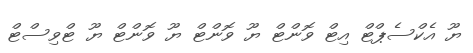
ޔޫ އެކްސެޕްޓް އިޓް ވޮންޓް ޔޫ ވޮންޓް ޔޫ ވޮންޓް ޔޫ ޓްވިސްޓް